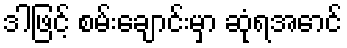
ဒါဖြင့် စမ်းချောင်းမှာ ဆုံရအောင်